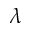
\lambda